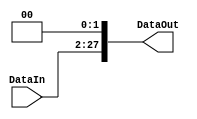
`timescale 1ns / 1ps
//////////////////////////////////////////////////////////////////////////////////
// Company: 
// Engineer: 
// 
// Design Name: 
// Module Name: ShiftLeft2_26to28
// Project Name: 
// Target Devices: 
// Tool Versions: 
// Description: 
// 
// Dependencies: 
// 
// Revision:
// Revision 0.01 - File Created
// Additional Comments:
// 
//////////////////////////////////////////////////////////////////////////////////

module ShiftLeft2_26to28(DataIn, DataOut);
    input[25:0] DataIn;
    output[27:0] DataOut;
    assign DataOut = DataIn << 2;  //shift left two bits
endmodule